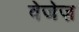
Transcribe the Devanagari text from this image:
वेजेज़